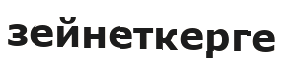
зейнеткерге